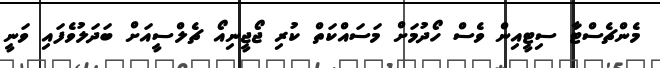
މެންޗެސްޓާ ސިޓީއިން ވެސް ހޯދުމަށް މަސައްކަތް ކުރި ޖޯޖީނިއޯ ޗެލްސީއަށް ބަދަލުވެފައި ވަނީ